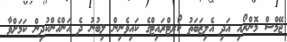
ޖޭމްސް މޮންރޯއި އަދި އެލިޒަބަތު ކޯރޓްރައިޓްގެ ކައިވެނިން ލިބުނު ދެ އަންހެންކުދިން ކަމަށްވާ